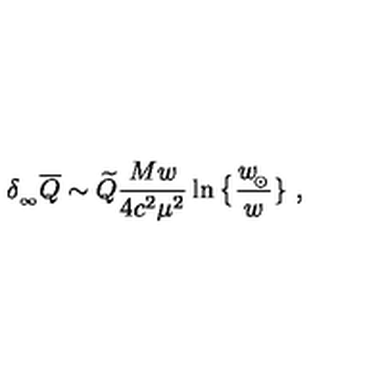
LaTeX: \delta _ { _ \infty } \overline { Q } \sim \widetilde Q { \frac { M w } { 4 c ^ { 2 } \mu ^ { 2 } } } \ln \big \{ { \frac { w _ { \! _ { \odot } } } { w } } \} \ ,